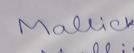
Signature authenticity: genuine